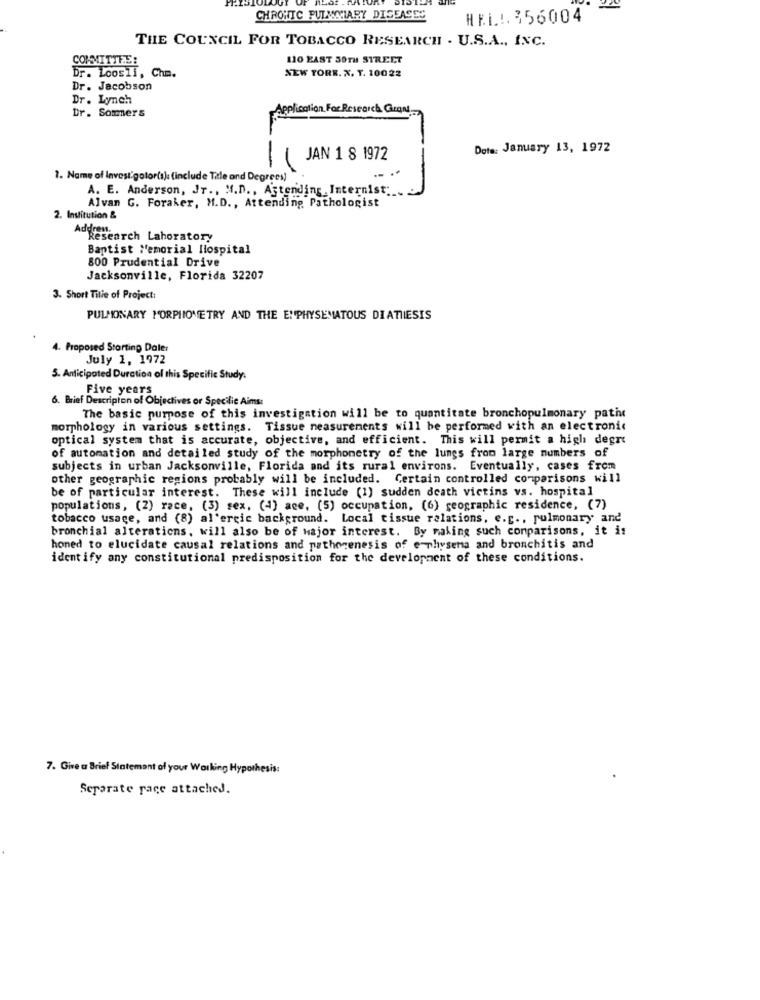
CHRONIC FULWYMIARY DISEASES
HELL. 356004
THE COUNCIL FOR TOBACCO RESEARCH . U.S.A ., INC.
110 EAST 30TH STREET
COMMITTEE:
Dr. Loosli, Chm.
NEW TORR. X. T. 10022
Dr. Jacobson
Dr. Lynch
Dr. Sommers
Application For Research Grant
Dota: January 13, 1972
JAN 1 8 1972
1. Name of Invest.gotor(a): (include Title and Degrees)
A. E. Anderson, Jr ., M.D ., Attending, Internist;
Alvan G. Foraker, M.D ., Attending Pathologist
2. Institution &
Research Laboratory
Baptist Memorial Hospital
800 Prudential Drive
Jacksonville, Florida 32207
3. Short Tille of Project:
PULMONARY MORPHIOME TRY AND THE EMPHYSEMATOUS DIATHESIS
4. Proposed Starting Daler
July 1, 1972
5. Anticipated Duration of this Specific Study.
Five years
6. Brief Description of Objectives or Specilie Aims:
The basic purpose of this investigation will be to quantitate bronchopulmonary path
morphology in various settings. Tissue measurements will be performed with an electronic
optical system that is accurate, objective, and efficient. This will permit a high degr
of automation and detailed study of the morphonetry of the lungs from large numbers of
subjects in urban Jacksonville, Florida and its rural environs. Eventually, cases from
other geographic regions probably will be included. Certain controlled comparisons will
be of particular interest. These will include (1) sudden death victims vs. hospital
populations, (Z) race, (3) sex, (4) ace, (5) occupation, (6) geographic residence, (7)
tobacco usage, and (8) al'ercic background. Local tissue relations, e.g ., pulmonary and
bronchial alterations, will also be of Major interest. By making such conparisons, it is
honed to elucidate causal relations and pathogenesis of e-physena and bronchitis and
identify any constitutional predisposition for the development of these conditions.
7. Give a Brief Statemant of your Working Hypothesis:
Separate pace attached.